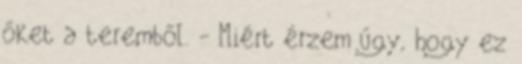
őket a teremből. - Miért érzem úgy, hogy ez